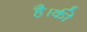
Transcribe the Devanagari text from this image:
है।की